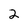
Character: 2